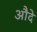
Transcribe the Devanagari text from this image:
औदे